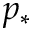
p _ { * }